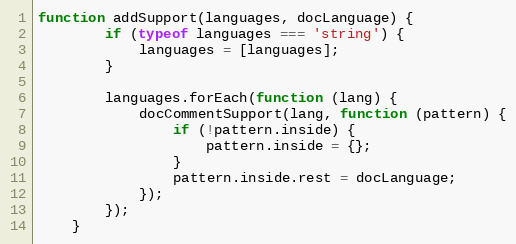
Language: JavaScript
function addSupport(languages, docLanguage) {
		if (typeof languages === 'string') {
			languages = [languages];
		}

		languages.forEach(function (lang) {
			docCommentSupport(lang, function (pattern) {
				if (!pattern.inside) {
					pattern.inside = {};
				}
				pattern.inside.rest = docLanguage;
			});
		});
	}